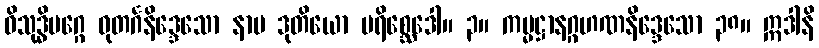
ဝိသုဒ္ဓိမဂ္ဂေ ဓုတင်္ဂနိဒ္ဒေသော နာမ ဒုတိယော ပရိစ္ဆေဒေါ။ ၃။ ကမ္မဋ္ဌာနဂ္ဂဟဏနိဒ္ဒေသော ၃၈။ ဣဒါနိ